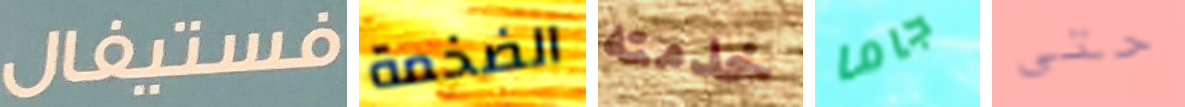
فستيفال الضخمة خدمته جاما حتى